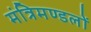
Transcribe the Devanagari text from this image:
मंत्रिमण्डलों